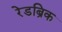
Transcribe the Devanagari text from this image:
रेडब्रिक